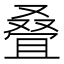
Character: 叠